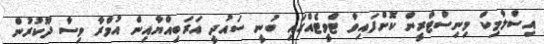
އިސްލާމިކް މިނިސްޓްރީން ކޮށްފައިވާ ޓްވީޓެއްގައި ބުނީ ސައުދީ އަރަބިއްޔާއިން އުމްރާ ވިސާ ދޫކުރުން